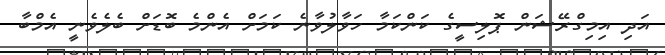
އަދި އިމިގްރޭޝަން ޕޮލިސީގެ ކަންކަމާ ހަވާލުވާނެ ކަމަށް އެންމެ ބޮޑަށް ބެލެވެނީ އެމްބާ